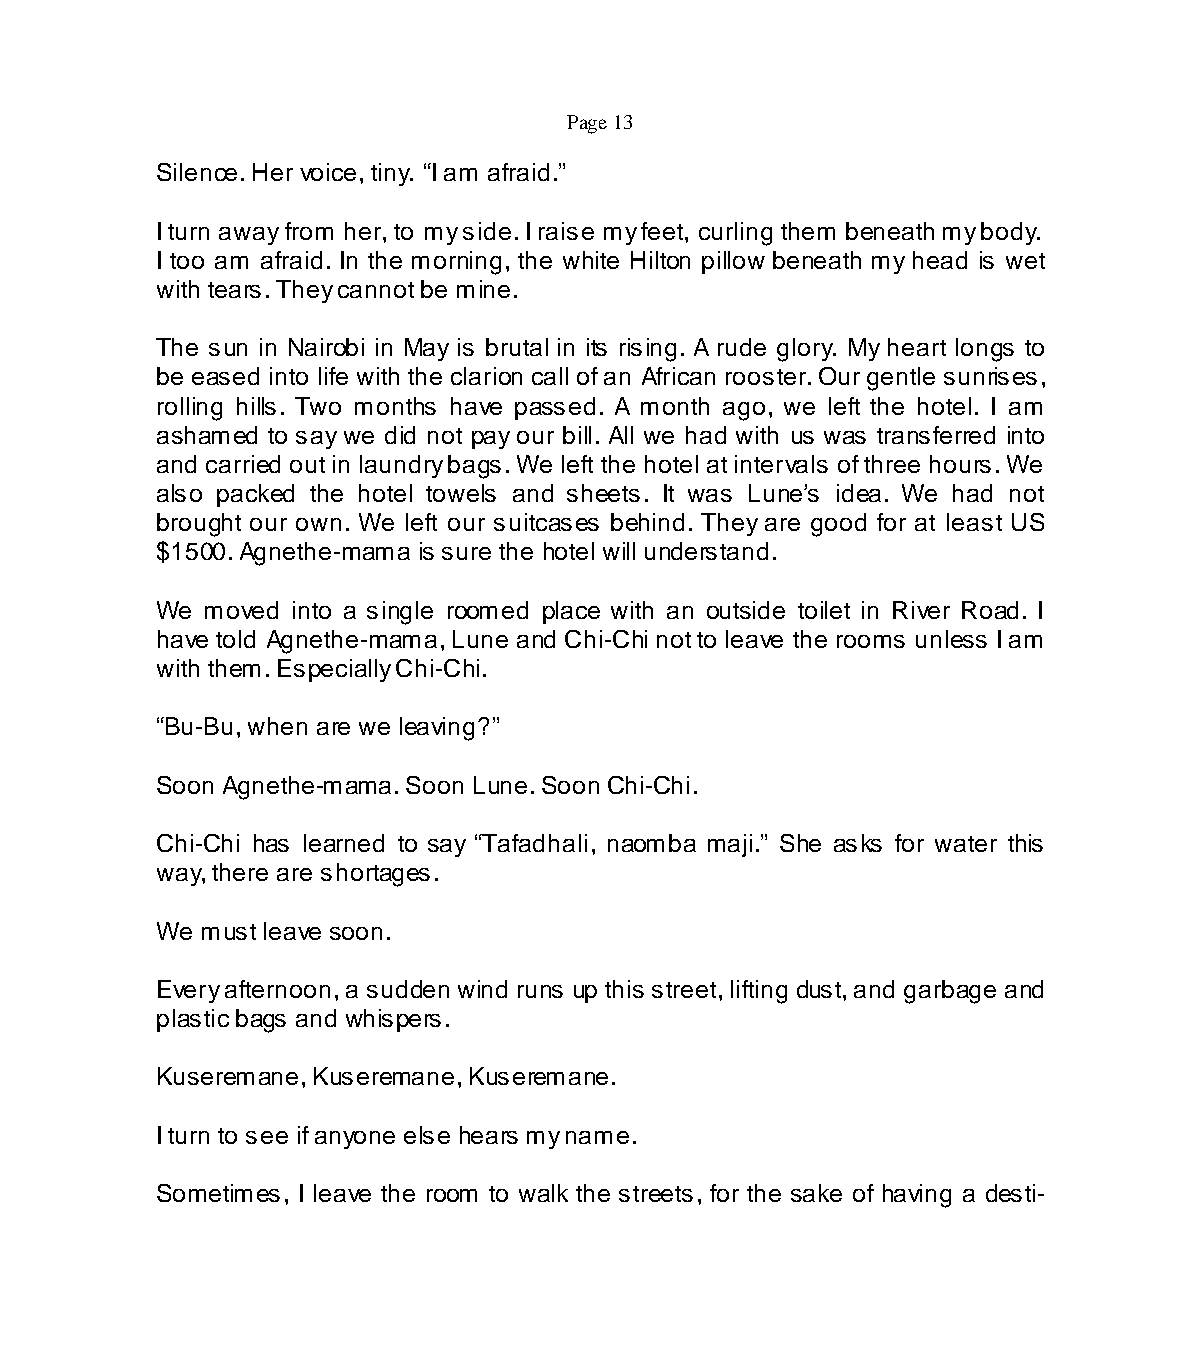
Page 13
 Silence. Her voice, tiny. “I am afraid.”
 I turn away from her, to my side. I raise my feet, curling them beneath my body.
 I too am afraid. In the morning, the white Hilton pillow beneath my head is wet
 with tears. They cannot be mine.
 The sun in Nairobi in May is brutal in its rising. A rude glory. My heart longs to
 be eased into life with the clarion call of an African rooster. Our gentle sunrises,
 rolling hills. Two months have passed. A month ago, we left the hotel. I am
 ashamed to say we did not pay our bill. All we had with us was transferred into
 and carried out in laundry bags. We left the hotel at intervals of three hours. We
 also packed the hotel towels and sheets. It was Lune’s idea. We had not
 brought our own. We left our suitcases behind. They are good for at least US
 $1500. Agnethe-mama is sure the hotel will understand.
 We  moved into a single roomed place with an outside toilet in River Road. I
 have told Agnethe-mama, Lune and Chi-Chi not to leave the rooms unless I am
 with them. Especially Chi-Chi.
 “Bu-Bu, when are we leaving?”
 Soon Agnethe-mama. Soon Lune. Soon Chi-Chi.
 Chi-Chi has learned to say “Tafadhali, naomba maji.” She asks for water this
 way, there are shortages.
 We must leave soon.
 Every afternoon, a sudden wind runs up this street, lifting dust, and garbage and
 plastic bags and whispers.
 Kuseremane, Kuseremane, Kuseremane.
 I turn to see if anyone else hears my name.
 Sometimes, I leave the room to walk the streets, for the sake of having a desti-